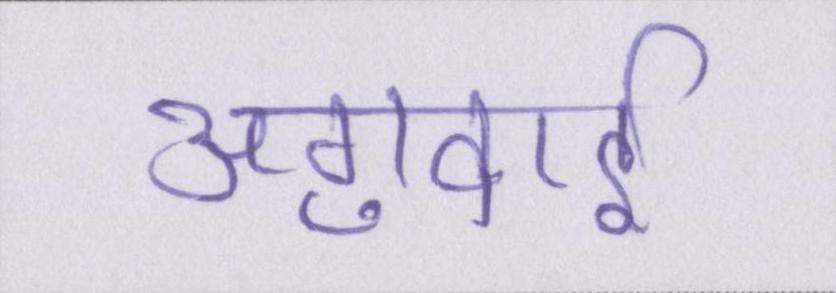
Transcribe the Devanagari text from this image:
अगुवाई